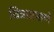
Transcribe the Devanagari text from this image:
चित्राप्रमाणे